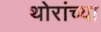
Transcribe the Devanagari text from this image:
थोरांच्या